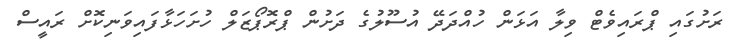
ރަށުގައި ޕްރައިވެޓް ވިލާ އަޅަން ހުއްދަދޭ އުސޫލުގެ ދަށުން ޕްރޮޕޯޒަލް ހުށަހަޅާފައިވަނިކޮށް ރައީސް